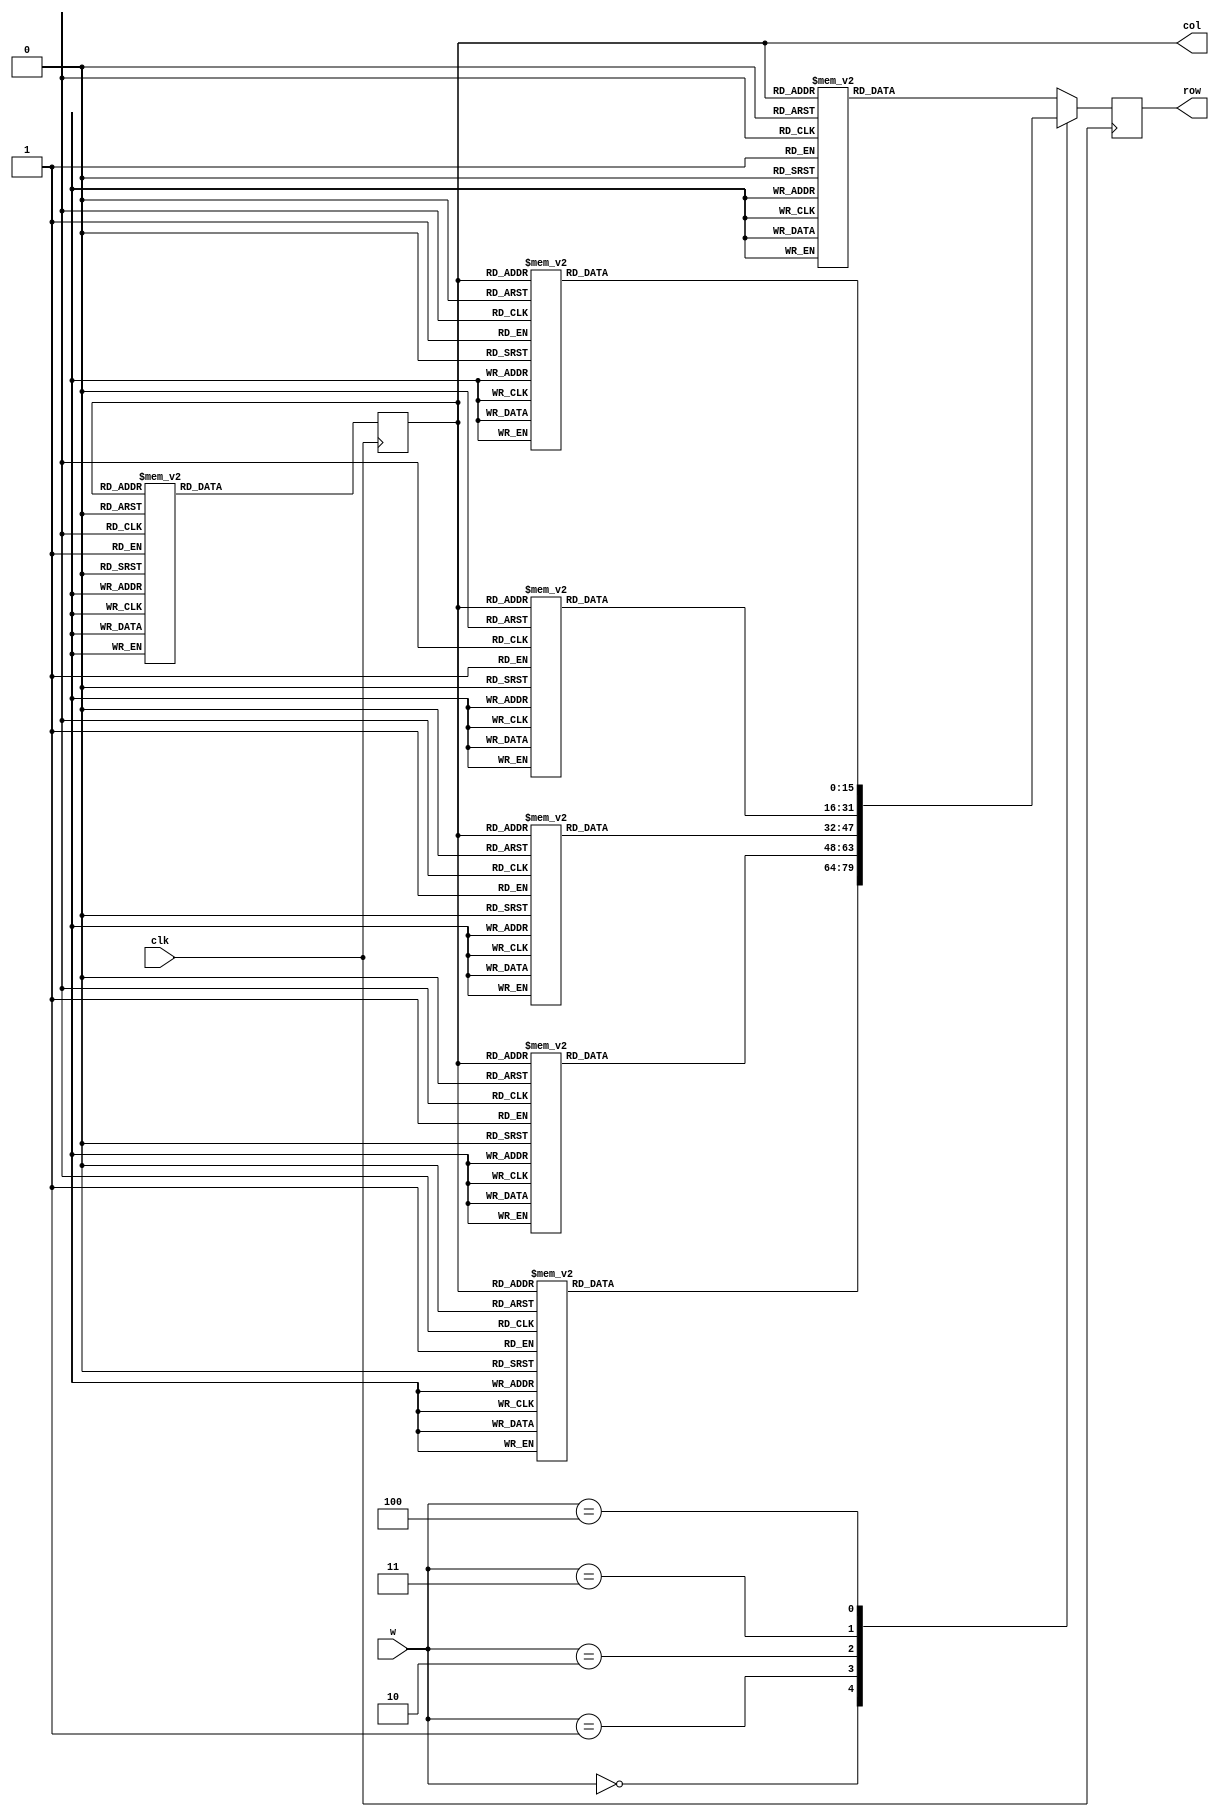
module led(clk,row,col,w);           
input clk;                    
output [15:0] row;               
output [3:0] col;                 
reg [3:0] col;
reg [15:0] row;
input [2:0]w;

always @(posedge clk)
	begin
	case(w)
	3'b000:begin
	case(col)                                       
	4'b0000:row<=16'b0000000000000000;
	4'b0001:row<=16'b0000000000000000;
	4'b0010:row<=16'b0000000000000000;
	4'b0011:row<=16'b0000000000000000;
	4'b0100:row<=16'b0000000000000000;
	4'b0101:row<=16'b0000000000000000;
	4'b0110:row<=16'b0000000000000000;
	4'b0111:row<=16'b0000000000000000;
	4'b1000:row<=16'b0000000000000000;
	4'b1001:row<=16'b0000000000000000;
	4'b1010:row<=16'b0000000000000000;
	4'b1011:row<=16'b0000000000000000;
	4'b1100:row<=16'b0000000000000000;
	4'b1101:row<=16'b0000000000000000;
	4'b1110:row<=16'b0000000000000000;
	4'b1111:row<=16'b0000000000000000;
	endcase
	end
	
	3'b001:begin
	case(col)                                       
	4'b0000:row<=16'b0000000000000000;
	4'b0001:row<=16'b0000000000000000;
	4'b0010:row<=16'b0000000000000000;
	4'b0011:row<=16'b0000000000000000;
	4'b0100:row<=16'b0000000000000000;
	4'b0101:row<=16'b0000000000000000;
	4'b0110:row<=16'b0000000000000000;
	4'b0111:row<=16'b1111111111111111;
	4'b1000:row<=16'b0000000000000000;
	4'b1001:row<=16'b0000000000000000;
	4'b1010:row<=16'b0000000000000000;
	4'b1011:row<=16'b0000000000000000;
	4'b1100:row<=16'b0000000000000000;
	4'b1101:row<=16'b0000000000000000;
	4'b1110:row<=16'b0000000000000000;
	4'b1111:row<=16'b0000000000000000;
	endcase
	end
	
	3'b010:begin
	case(col)                                       
	4'b0000:row<=16'b0000000000000000;
	4'b0001:row<=16'b0000000000000000;
	4'b0010:row<=16'b0000000000000000;
	4'b0011:row<=16'b0000000000000000;
	4'b0100:row<=16'b0011111111111100;
	4'b0101:row<=16'b0000000000000000;
	4'b0110:row<=16'b0000000000000000;
	4'b0111:row<=16'b0000000000000000;
	4'b1000:row<=16'b0000000000000000;
	4'b1001:row<=16'b0000000000000000;
	4'b1010:row<=16'b1111111111111111;
	4'b1011:row<=16'b0000000000000000;
	4'b1100:row<=16'b0000000000000000;
	4'b1101:row<=16'b0000000000000000;
	4'b1110:row<=16'b0000000000000000;
	4'b1111:row<=16'b0000000000000000;
	endcase
	end
	
	3'b011:begin
	case(col)                                       
	4'b0000:row<=16'b0000000000000000;
	4'b0001:row<=16'b0000000000000000;
	4'b0010:row<=16'b0000000000000000;
	4'b0011:row<=16'b0011111111111100;
	4'b0100:row<=16'b0000000000000000;
	4'b0101:row<=16'b0000000000000000;
	4'b0110:row<=16'b0000111111110000;
	4'b0111:row<=16'b0000000000000000;
	4'b1000:row<=16'b0000000000000000;
	4'b1001:row<=16'b0000000000000000;
	4'b1010:row<=16'b1111111111111111;
	4'b1011:row<=16'b0000000000000000;
	4'b1100:row<=16'b0000000000000000;
	4'b1101:row<=16'b0000000000000000;
	4'b1110:row<=16'b0000000000000000;
	4'b1111:row<=16'b0000000000000000;
	endcase
	end
	
	3'b100:begin
	case(col)                                       
	4'b0000:row<=16'b0000000000000000;
	4'b0001:row<=16'b0000000000000000;
	4'b0010:row<=16'b0000000000000000;
	4'b0011:row<=16'b1111111111111111;
	4'b0100:row<=16'b1000010000100001;
	4'b0101:row<=16'b1000010000100001;
	4'b0110:row<=16'b1000010000100001;
	4'b0111:row<=16'b1111110000111111;
	4'b1000:row<=16'b1000000000000001;
	4'b1001:row<=16'b1000000000000001;
	4'b1010:row<=16'b1000000000000001;
	4'b1011:row<=16'b1111111111111111;
	4'b1100:row<=16'b0000000000000000;
	4'b1101:row<=16'b0000000000000000;
	4'b1110:row<=16'b0000000000000000;
	4'b1111:row<=16'b0000000000000000;
	endcase
	end
	
	default:begin 
	case(col)                                       
	4'b0000:row<=16'b0000000000000000;
	4'b0001:row<=16'b0000000000000000;
	4'b0010:row<=16'b0000000000000000;
	4'b0011:row<=16'b0000000000000000;
	4'b0100:row<=16'b0000000000000000;
	4'b0101:row<=16'b0000000000000000;
	4'b0110:row<=16'b0000000000000000;
	4'b0111:row<=16'b0000000000000000;
	4'b1000:row<=16'b0000000000000000;
	4'b1001:row<=16'b0000000000000000;
	4'b1010:row<=16'b0000000000000000;
	4'b1011:row<=16'b0000000000000000;
	4'b1100:row<=16'b0000000000000000;
	4'b1101:row<=16'b0000000000000000;
	4'b1110:row<=16'b0000000000000000;
	4'b1111:row<=16'b0000000000000000;
	endcase		
	end
	endcase
	end
	
	always@(posedge clk)
	begin
	case(col)                                              
	4'b0000:col<=4'b0001;
	4'b0001:col<=4'b0010;
	4'b0010:col<=4'b0011;
	4'b0011:col<=4'b0100;
	4'b0100:col<=4'b0101;
	4'b0101:col<=4'b0110;
	4'b0110:col<=4'b0111;
	4'b0111:col<=4'b1000;
	4'b1000:col<=4'b1001;
	4'b1001:col<=4'b1010;
	4'b1010:col<=4'b1011;
	4'b1011:col<=4'b1100;
	4'b1100:col<=4'b1101;
	4'b1101:col<=4'b1110;
	4'b1110:col<=4'b1111;
	4'b1111:col<=4'b0000;
	default:col<=4'b0000;
	endcase
	end
	
	endmodule